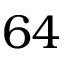
6 4